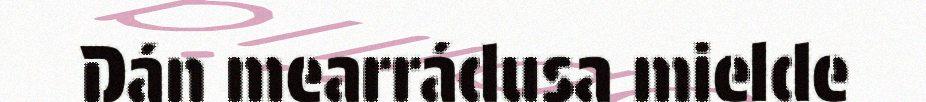
Dán mearrádusa mielde